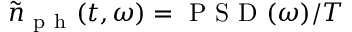
\tilde { n } _ { \mathrm { ~ p ~ h ~ } } ( t , \omega ) = \mathrm { ~ P ~ S ~ D ~ } ( \omega ) / T